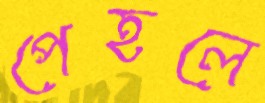
পেহলে